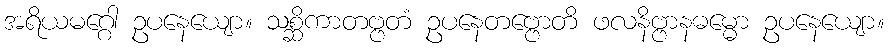
အရိယမဂ္ဂေါ ဥပနေယျော။ သစ္ဆိကာတဗ္ဗတံ ဥပနေတဗ္ဗောတိ ဖလနိဗ္ဗာနဓမ္မော ဥပနေယျော။